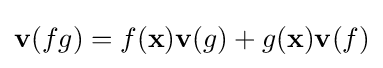
\mathbf {v} (fg)=f(\mathbf {x} )\mathbf {v} (g)+g(\mathbf {x} )\mathbf {v} (f)